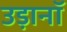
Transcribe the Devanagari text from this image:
उड़ानॉ